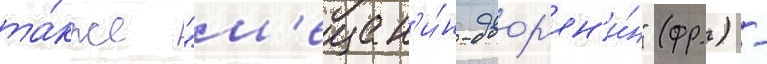
та́кже "м'ещан'и́н-двор'ян'и́н" (фр.) -